Veterinary [1904] -
Year: 1904
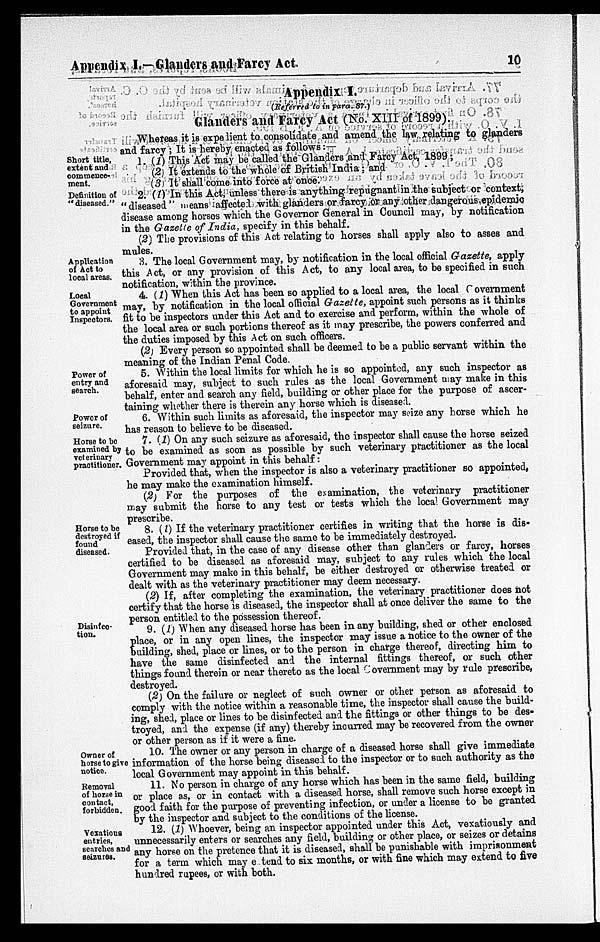
Appendix I.—Glauders and Farcy Act
10
Appendix I.
(Referred to in para. 87.)
Glanders and Farcy Act (No. XIII of 1899).
Whereas it is expelient to consolidate and amend the law relating to glanders
and farcy ; It is hereby enacted as follows: —
Short title,
extent and
commence-
ment.
1. (1) This Act may be called the Glanders and Farcy Act, 1899;
(2) It extends to the whole of British India; and
(3) It shall come into force at once.
Deflation of
" diseased "
2. (1) In this Act, unless there is anything repugnantion the subject or context;
"diseased" means affected with glanders or farcy or any other dangerous epidemic
disease among horses which the Governor General in Council may, by notification
in the Gazetle of India, specify in this behalf.
(2) The provisions of this Act relating to horses shall apply also to asses and
mules.
Application
of Act to
local areas.
3. The local Government may, by notification in the local official Gazette, apply
this Act, or any provision of this Act, to any local area, to be specified in such
notification, within the province.
Local
Government
to appoint
Inspectors.
4. (1) When this Act has been so applied to a local area, the local Government
may, by notification in the local official Gazette, appoint such persons as it thinks
fit to be inspectors under this Act and to exercise and perform, within the whole of
the local area or such portions thereof as it may prescribe, the powers conferred and
the duties imposed by this Act on such officers.
(2) Every person so appointed shall be deemed to be a public servant within the
meaning of the Indian Penal Code
Power of
entry and
search.
5. Within the local limits for which he is so appointed, any such inspector as
aforesaid may, subject to such rules as the local Government may make in this
behalf, enter and search any field, building or other place for the purpose of ascer-
taining whether there is therein any horse which is diseased.
Power of
seigure.
6. Within such limits as aforesaid, the inspector may size any horse which he
has reason to believe to be diseased.
Horse to be
examined by
veterinary
practitioner.
7. (1) On any such seizure as aforesaid, the inspector shall cause the horse seized
to be examined as soon as possible by such veterinary practitioner as the local
Government may appoint in this behalf:
Provided that, when the inspector is also a veterinary practitioner so appointed,
he may make the examination himself.
(2) For the purposes of the examination, the veterinary practitioner
may submit the horse to any test or tests which the local Government may
prescribe.
Horse to be
destroyed if
found
diseased.
8.
If the veterinary practitioner certifies in writing that the horse is dis-
cased, the inspector shall cause the same to be immediately destroyed.
Provided that, in the case of any disease other than glanders or farcy, horses
certified to be diseased as aforesaid may, subject to any rules which the local
Government may make in this behalf, be either destroyed or otherwise treated or
dealt with as the veterinary practitioner may deem necessary.
(2) If, after completing the examination, the veterinary practitioner does not
certify that the horse is diseased, the inspector shall at once deliver the same to the
person entitled to the possession thereof.
Disinfeo-
tion.
9. (1) When any diseased horse has been in any building, shed or other enclosed
place, or in any open lines, the inspector may issue a notice to the owner of the
building, shed, place or lines, or to the person in charge thereof, directing him to
have the same disinfected and the internal fittings thereof, or such other
things found therein or near thereto as the local Government may by rule prescribe,
destroyed.
(2) On the failure or neglect of such owner or other person as aforesaid to
comply with the notice within a reasonable time, the inspector shall cause the build-
ing, shed, place or lines to be disinfected and the fittings or other things to be des-
troyed, and the expense (if any) thereby incurred may be recovered from the owner
or other person as if it were a fine.
Owner of
horse to give
notice.
10. The owner or any person in charge of a diseased horse shall give immediate
information of the horse being diseased to the inspector or to such authority as the
local Government may appoint in this behalf.
Removal
of hone in
contact,
forbidden.
11. No person in charge of any horse which has been in the same field, building
or place as, or in contact with a diseased horse, shall remove such horse except in
good faith for the purpose of preventing infection, or under a license to be granted
by the inspector and subject to the conditions of the license.
Vexations
entries,
searches and
seizures.
12. (1) Whoever, being an inspector appointed under this Act, vexatiously and
unnecessarily enters or searches any field, building or other place, or seizes or detains
any horse on the pretence that it is diseased, shall be punishable with imprisonment
for a term which may e tend to six months, or with fine which may extend to five
hundred rupees, or with both.